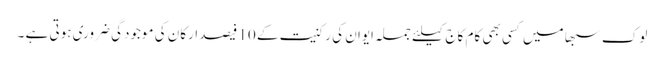
لوک سبھا میں کسی بھی کام کاج کیلئے جملہ ایوان کی رکنیت کے 10 فیصد ارکان کی موجودگی ضروری ہوتی ہے ۔